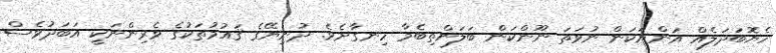
ހެޔޮބަދަލެއް އަންނަކަން ނުވަތަ ނޫންކަން ބަލަންތިބެމާ ހިނގާށެވެ. ދުނިޔޭގެ ޤައުމުތަކުގެ ވެރިންނަކީ އަބަދުވެސް